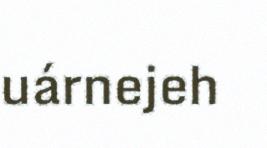
uárnejeh